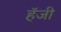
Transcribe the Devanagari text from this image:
हॅजी